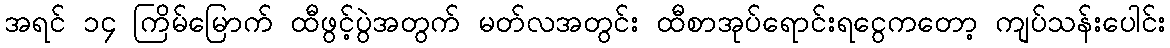
အရင် ၁၄ ကြိမ်မြောက် ထီဖွင့်ပွဲအတွက် မတ်လအတွင်း ထီစာအုပ်ရောင်းရငွေကတော့ ကျပ်သန်းပေါင်း